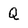
Character: Q